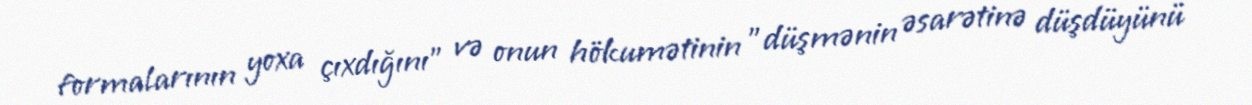
formalarının yoxa çıxdığını" və onun hökumətinin "düşmənin əsarətinə düşdüyünü